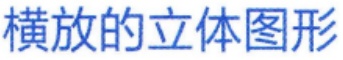
横放的立体图形